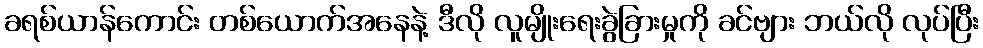
ခရစ်ယာန်ကောင်း တစ်ယောက်အနေနဲ့ ဒီလို လူမျိုးရေးခွဲခြားမှုကို ခင်ဗျား ဘယ်လို လုပ်ပြီး